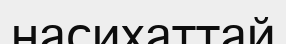
насихаттай